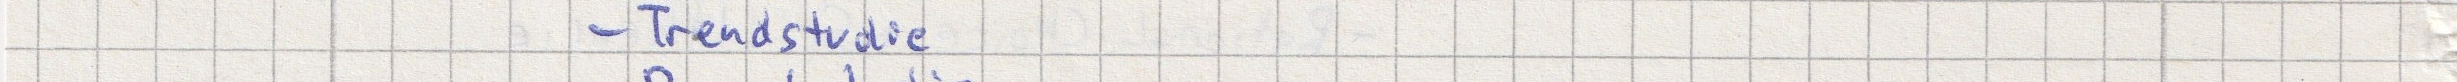
- Trendstudie